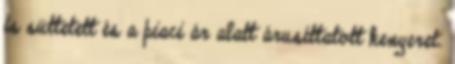
is süttetett és a piaci ár alatt árusíttatott kenyeret.